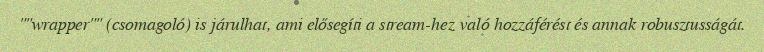
""wrapper"" (csomagoló) is járulhat, ami elősegíti a stream-hez való hozzáférést és annak robusztusságát.